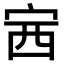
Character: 𡧳